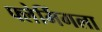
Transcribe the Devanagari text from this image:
फ्लेमिंगला